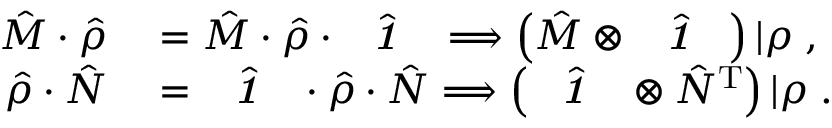
\begin{array} { r l } { \hat { M } \cdot \hat { \rho } } & { { } = \hat { M } \cdot \hat { \rho } \cdot \hat { \textbf { \textit { 1 } } \, } \Longrightarrow \left( \hat { M } \otimes \hat { \textbf { \textit { 1 } } \, } \right) | \rho \rrangle , } \\ { \hat { \rho } \cdot \hat { N } } & { { } = \hat { \textbf { \textit { 1 } } \, } \cdot \hat { \rho } \cdot \hat { N } \Longrightarrow \left( \hat { \textbf { \textit { 1 } } \, } \otimes \hat { N } ^ { \mathrm { T } } \right) | \rho \rrangle . } \end{array}